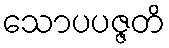
သောပပဇ္ဇတိ